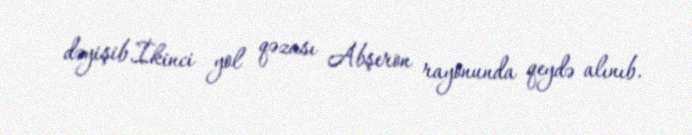
dəyişib.İkinci yol qəzası Abşeron rayonunda qeydə alınıb.